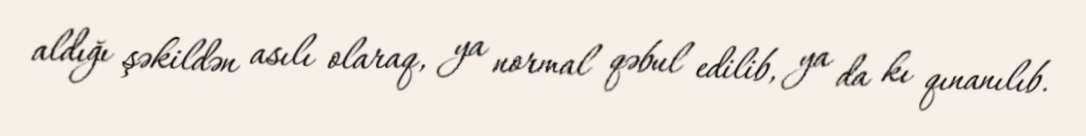
aldığı şəkildən asılı olaraq, ya normal qəbul edilib, ya da kı qınanılıb.